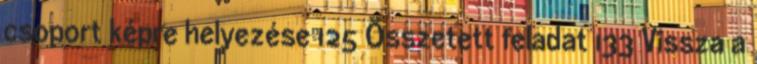
csoport képre helyezése 125 Összetett feladat 133 Vissza a